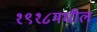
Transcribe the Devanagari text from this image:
१९१८मधील